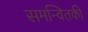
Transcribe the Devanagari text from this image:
समन्वितकी